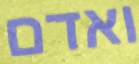
ואדם